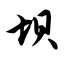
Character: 坝